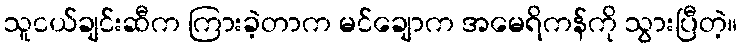
သူငယ်ချင်းဆီက ကြားခဲ့တာက မင်ချောက အမေရိကန်ကို သွားပြီတဲ့။